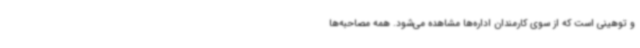
و توهینی است که از سوی کارمندان اداره‌ها مشاهده می‌شود. همه مصاحبه‌ها